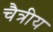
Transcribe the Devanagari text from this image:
चैत्रीय